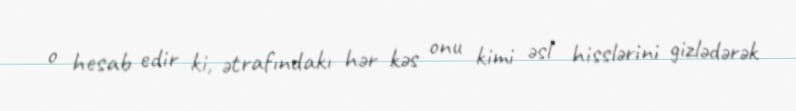
o hesab edir ki, ətrafındakı hər kəs onu kimi əsl hisslərini gizlədərək